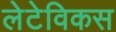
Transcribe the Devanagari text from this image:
लेटेविकस